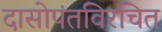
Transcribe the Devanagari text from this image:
दासोपंतविरचित